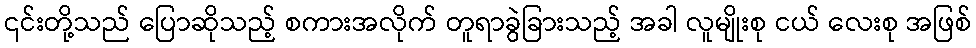
၎င်းတို့သည် ပြောဆိုသည့် စကားအလိုက် တူရာခွဲခြားသည့် အခါ လူမျိုးစု ငယ် လေးစု အဖြစ်